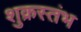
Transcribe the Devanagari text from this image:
शुक्रस्तंभ